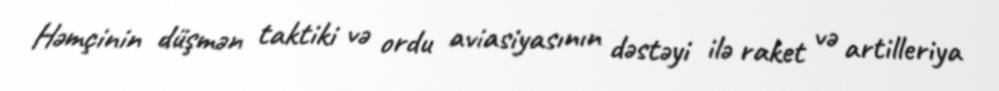
Həmçinin düşmən taktiki və ordu aviasiyasının dəstəyi ilə raket və artilleriya